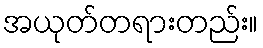
အယုတ်တရားတည်း။